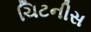
ચિટનીસ